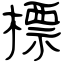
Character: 標